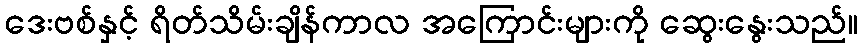
ဒေးဗစ်နှင့် ရိတ်သိမ်းချိန်ကာလ အကြောင်းများကို ဆွေးနွေးသည်။